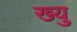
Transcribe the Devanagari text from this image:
ख्यु